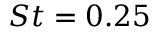
{ S t = 0 . 2 5 }